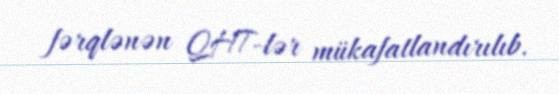
fərqlənən QHT-lər mükafatlandırılıb.